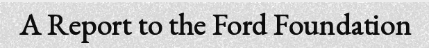
A Report to the Ford Foundation